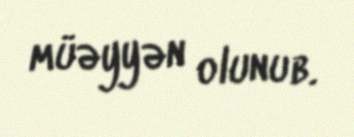
müəyyən olunub.